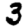
Digit: 3